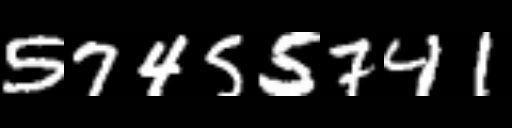
Text: 57455741